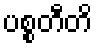
ပစ္စတီတိ